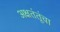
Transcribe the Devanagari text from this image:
अक्षतंतूंचा